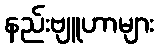
နည်းဗျူဟာများ